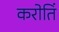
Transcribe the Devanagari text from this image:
करोतिं